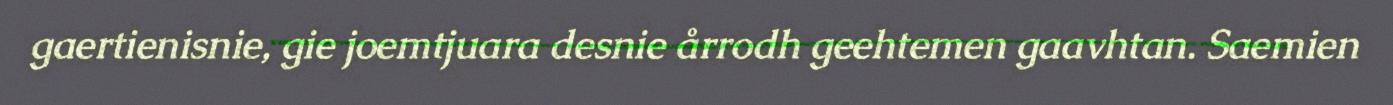
gaertienisnie, gie joemtjuara desnie årrodh geehtemen gaavhtan. Saemien